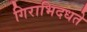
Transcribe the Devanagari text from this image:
गिराभिदधते